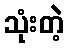
သုံးတဲ့